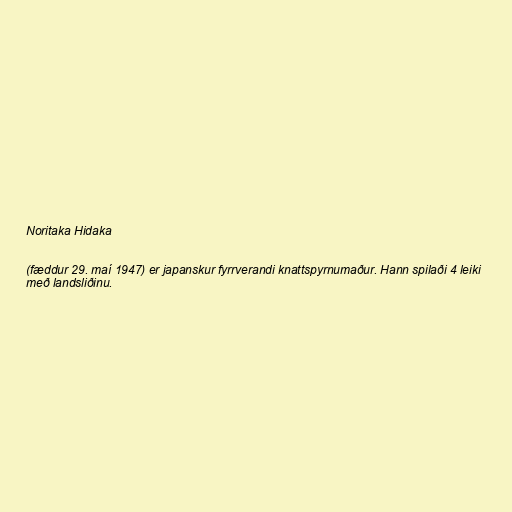
Noritaka Hidaka

(fæddur 29. maí 1947) er japanskur fyrrverandi knattspyrnumaður. Hann spilaði 4 leiki
með landsliðinu.